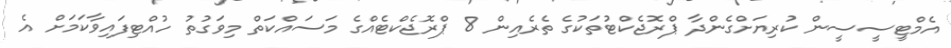
އެމްޓީސީސީން ކުރިޔަށްގެންދާ ޕްރޮޖެކްޓުތަކުގެ ތެރެއިން 8 ޕްރޮޖެކްޓެއްގެ މަސައްކަތް މިވަގުތު ހުއްޓިފައިވާކަމަށް އެ